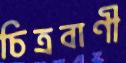
চিত্রবাণী